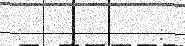
:         :